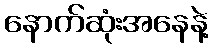
နောက်ဆုံးအနေနဲ့